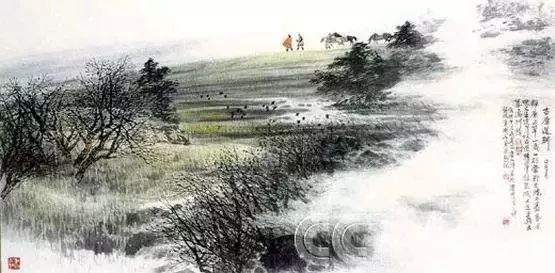
离离原上草，一岁一枯荣。